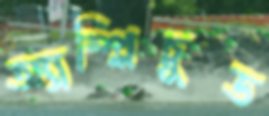
অ্যাম্প্লিচুড